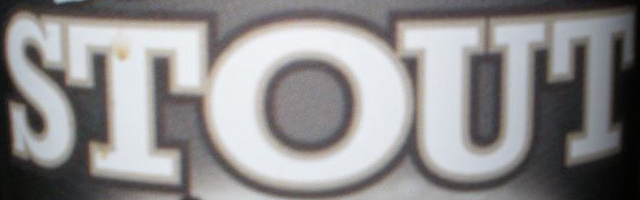
STOUT